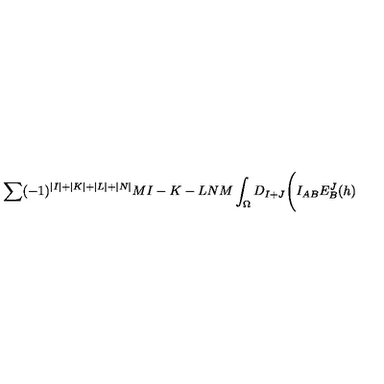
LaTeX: \sum ( - 1 ) ^ { \vert I \vert + \vert K \vert + \vert L \vert + \vert N \vert } { \binom { M } { I - K - L } } { \binom { N } { M } } \int _ { \Omega } D _ { I + J } \Biggl ( I _ { A B } E _ { B } ^ { J } ( h )